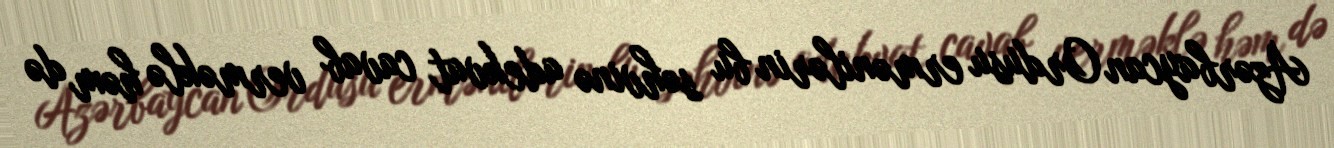
Azərbaycan Ordusu ermənilərin bu səhvinə adekvat cavab verməklə həm də